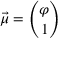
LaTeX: { \vec { \mu } } = { \binom { \varphi } { 1 } }